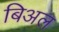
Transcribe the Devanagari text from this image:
बिअल